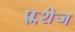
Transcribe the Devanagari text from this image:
प्लशेज